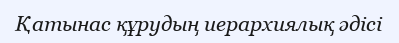
Қатынас құрудың иерархиялық әдісі